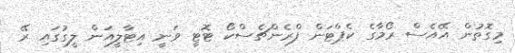
މިގޮތުން އޭއެސް ރޯމާގެ ކެޕްޓަން ފްރެންޗެސްކޯ ޓޮޓީ ވަނީ އިޓާލީއަން ލީގުގައި ރޭ